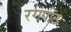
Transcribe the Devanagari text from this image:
रगंपीठ